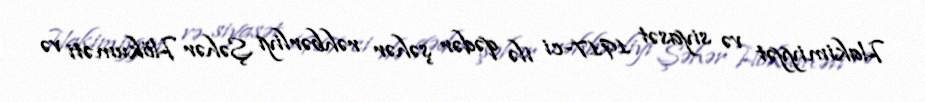
Hakimiyyət və siyasət 1917-ci ilə qədər şəhər rəhbərliyi Şəhər Hökuməti və